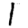
Digit: 1